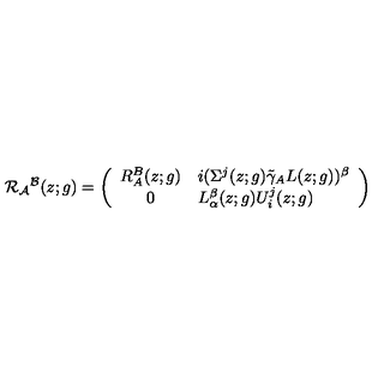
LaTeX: { \cal R } _ { { \cal A } } { } ^ { { \cal B } } ( z ; g ) = \left( \begin{array} { c l } { R _ { A } ^ { B } ( z ; g ) } & { i ( \Sigma ^ { j } ( z ; g ) \tilde { \gamma } _ { A } L ( z ; g ) ) ^ { \beta } } \\ { 0 } & { L _ { \alpha } ^ { \beta } ( z ; g ) U _ { i } ^ { j } ( z ; g ) } \\ \end{array} \right)